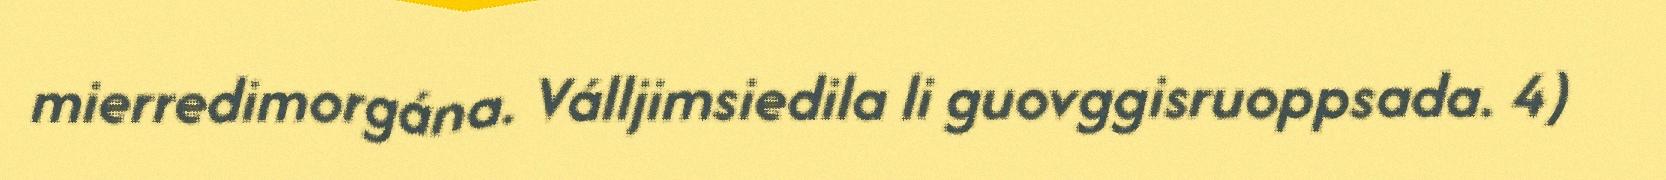
mierredimorgána. Válljimsiedila li guovggisruoppsada. 4)